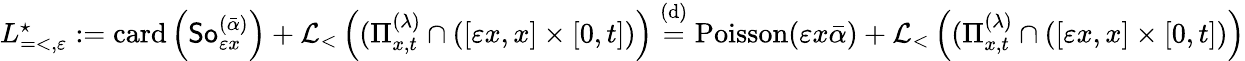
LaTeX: \begin{array}{r}{L_{=<,\varepsilon}^{\star}:=\mathrm{card}\left({\sf So}_{\varepsilon x}^{(\bar{\alpha})}\right)+\mathcal{L}_{<}\left((\Pi_{x,t}^{(\lambda)}\cap\left([\varepsilon x,x]\times[0,t]\right)\right)\stackrel{\mathrm{(d)}}{=}\mathrm{Poisson}(\varepsilon x\bar{\alpha})+\mathcal{L}_{<}\left((\Pi_{x,t}^{(\lambda)}\cap\left([\varepsilon x,x]\times[0,t]\right)\right)}\end{array}